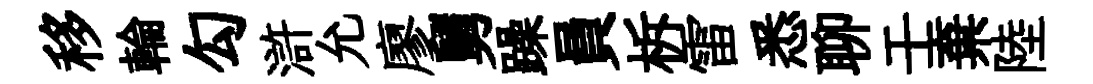
移輪勾滸允廖舅躁員柝雷悉聊壬棄陸